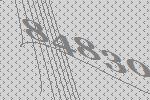
84830